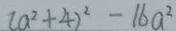
( a ^ { 2 } + 4 ) ^ { 2 } - 1 6 a ^ { 2 }